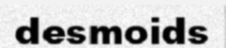
desmoids